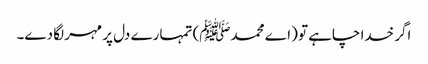
اگر خدا چاہے تو (اے محمدﷺ) تمہارے دل پر مہر لگا دے۔